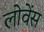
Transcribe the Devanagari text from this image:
लोवेंस